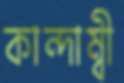
কান্দাম্বী